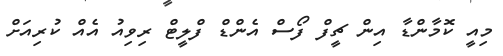
މިއީ ކޮމާންޑާ އިން ޗީފް ފޯސް އެންޑް ފްލީޓް ރިވިއު އެއް ކުރިއަށް